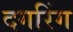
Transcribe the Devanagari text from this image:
दगरिंग